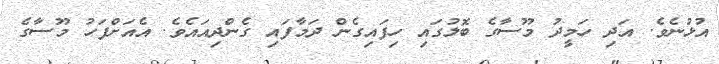
އުޅުނެވެ. އަދި ހަމީދު މޫސާގެ ބޮލުގައި ހިފައިގެން ދަމާފައި ގެންދިއައެވެ. އެއަށްފަހު މޫސާގެ